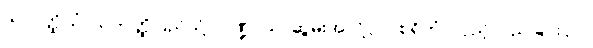
သာဝတ္ထိယံ၊ သာဝတ္ထိပြည်သို့။ ပိဏ္ဍာယ၊ ဆွမ်းအလို့ငှာ။ စရိတုံ၊ လှည့်လည်ခြင်းငှာ။